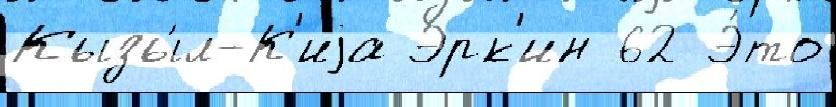
Кызы́л-К'иjа Эрк'ин 62 Э́то